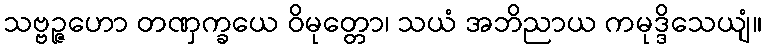
သဗ္ဗဉ္ဇဟော တဏှက္ခယေ ဝိမုတ္တော၊ သယံ အဘိညာယ ကမုဒ္ဒိသေယျံ။